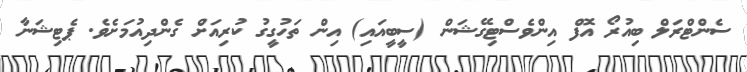
ސެންޓްރަލް ބިއުރޯ އޮފް އިންވެސްޓިގޭޝަން (ސީބީއައި) އިން ތަހުގީގު ކުރިއަށް ގެންދިއުމަށެވެ. ޕެޓިޝަނާ